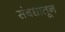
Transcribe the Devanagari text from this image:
संबधातून